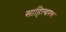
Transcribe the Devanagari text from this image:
साहित्यरथ